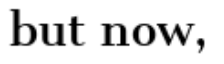
but now,